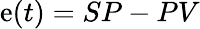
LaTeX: \mathrm{e}(t)=SP-PV